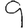
Digit: 9